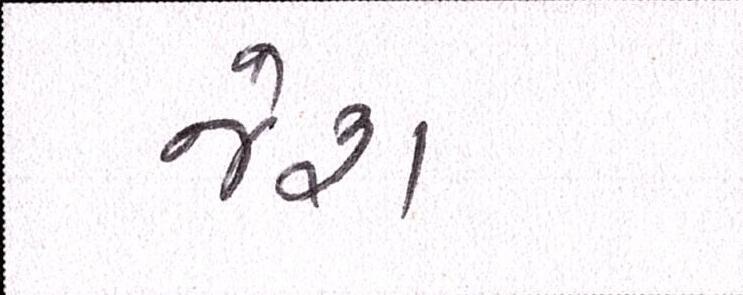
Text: જોશ